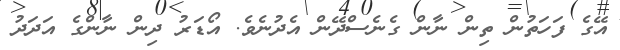
އޭގެ ފަހަތުން ތިން ނާން ގެނެސްދޭން އެދުނެވެ. އޯޑަރު ދިން ނާންގެ އަދަދު